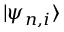
\vert \psi _ { n , i } \rangle